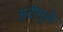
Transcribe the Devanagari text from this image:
अटीमुळे